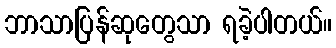
ဘာသာပြန်ဆုတွေသာ ရခဲ့ပါတယ်။